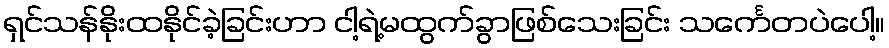
ရှင်သန်နိုးထနိုင်ခဲ့ခြင်းဟာ ငါ့ရဲ့မထွက်ခွာဖြစ်သေးခြင်း သင်္ကေတပဲပေါ့။